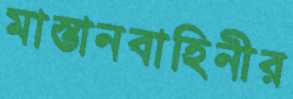
মাস্তানবাহিনীর